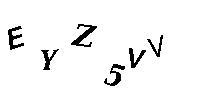
EYZ5VV